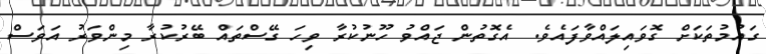
ގައުމުތަކަށް ގޮވައިލައްވާފައެވެ. އެގޮތުން ޖައްވު ހޫނުކުރާ ވިހަ ގޭސްތައް ބޭރުކުރާ މިންވަރު އަވަސް